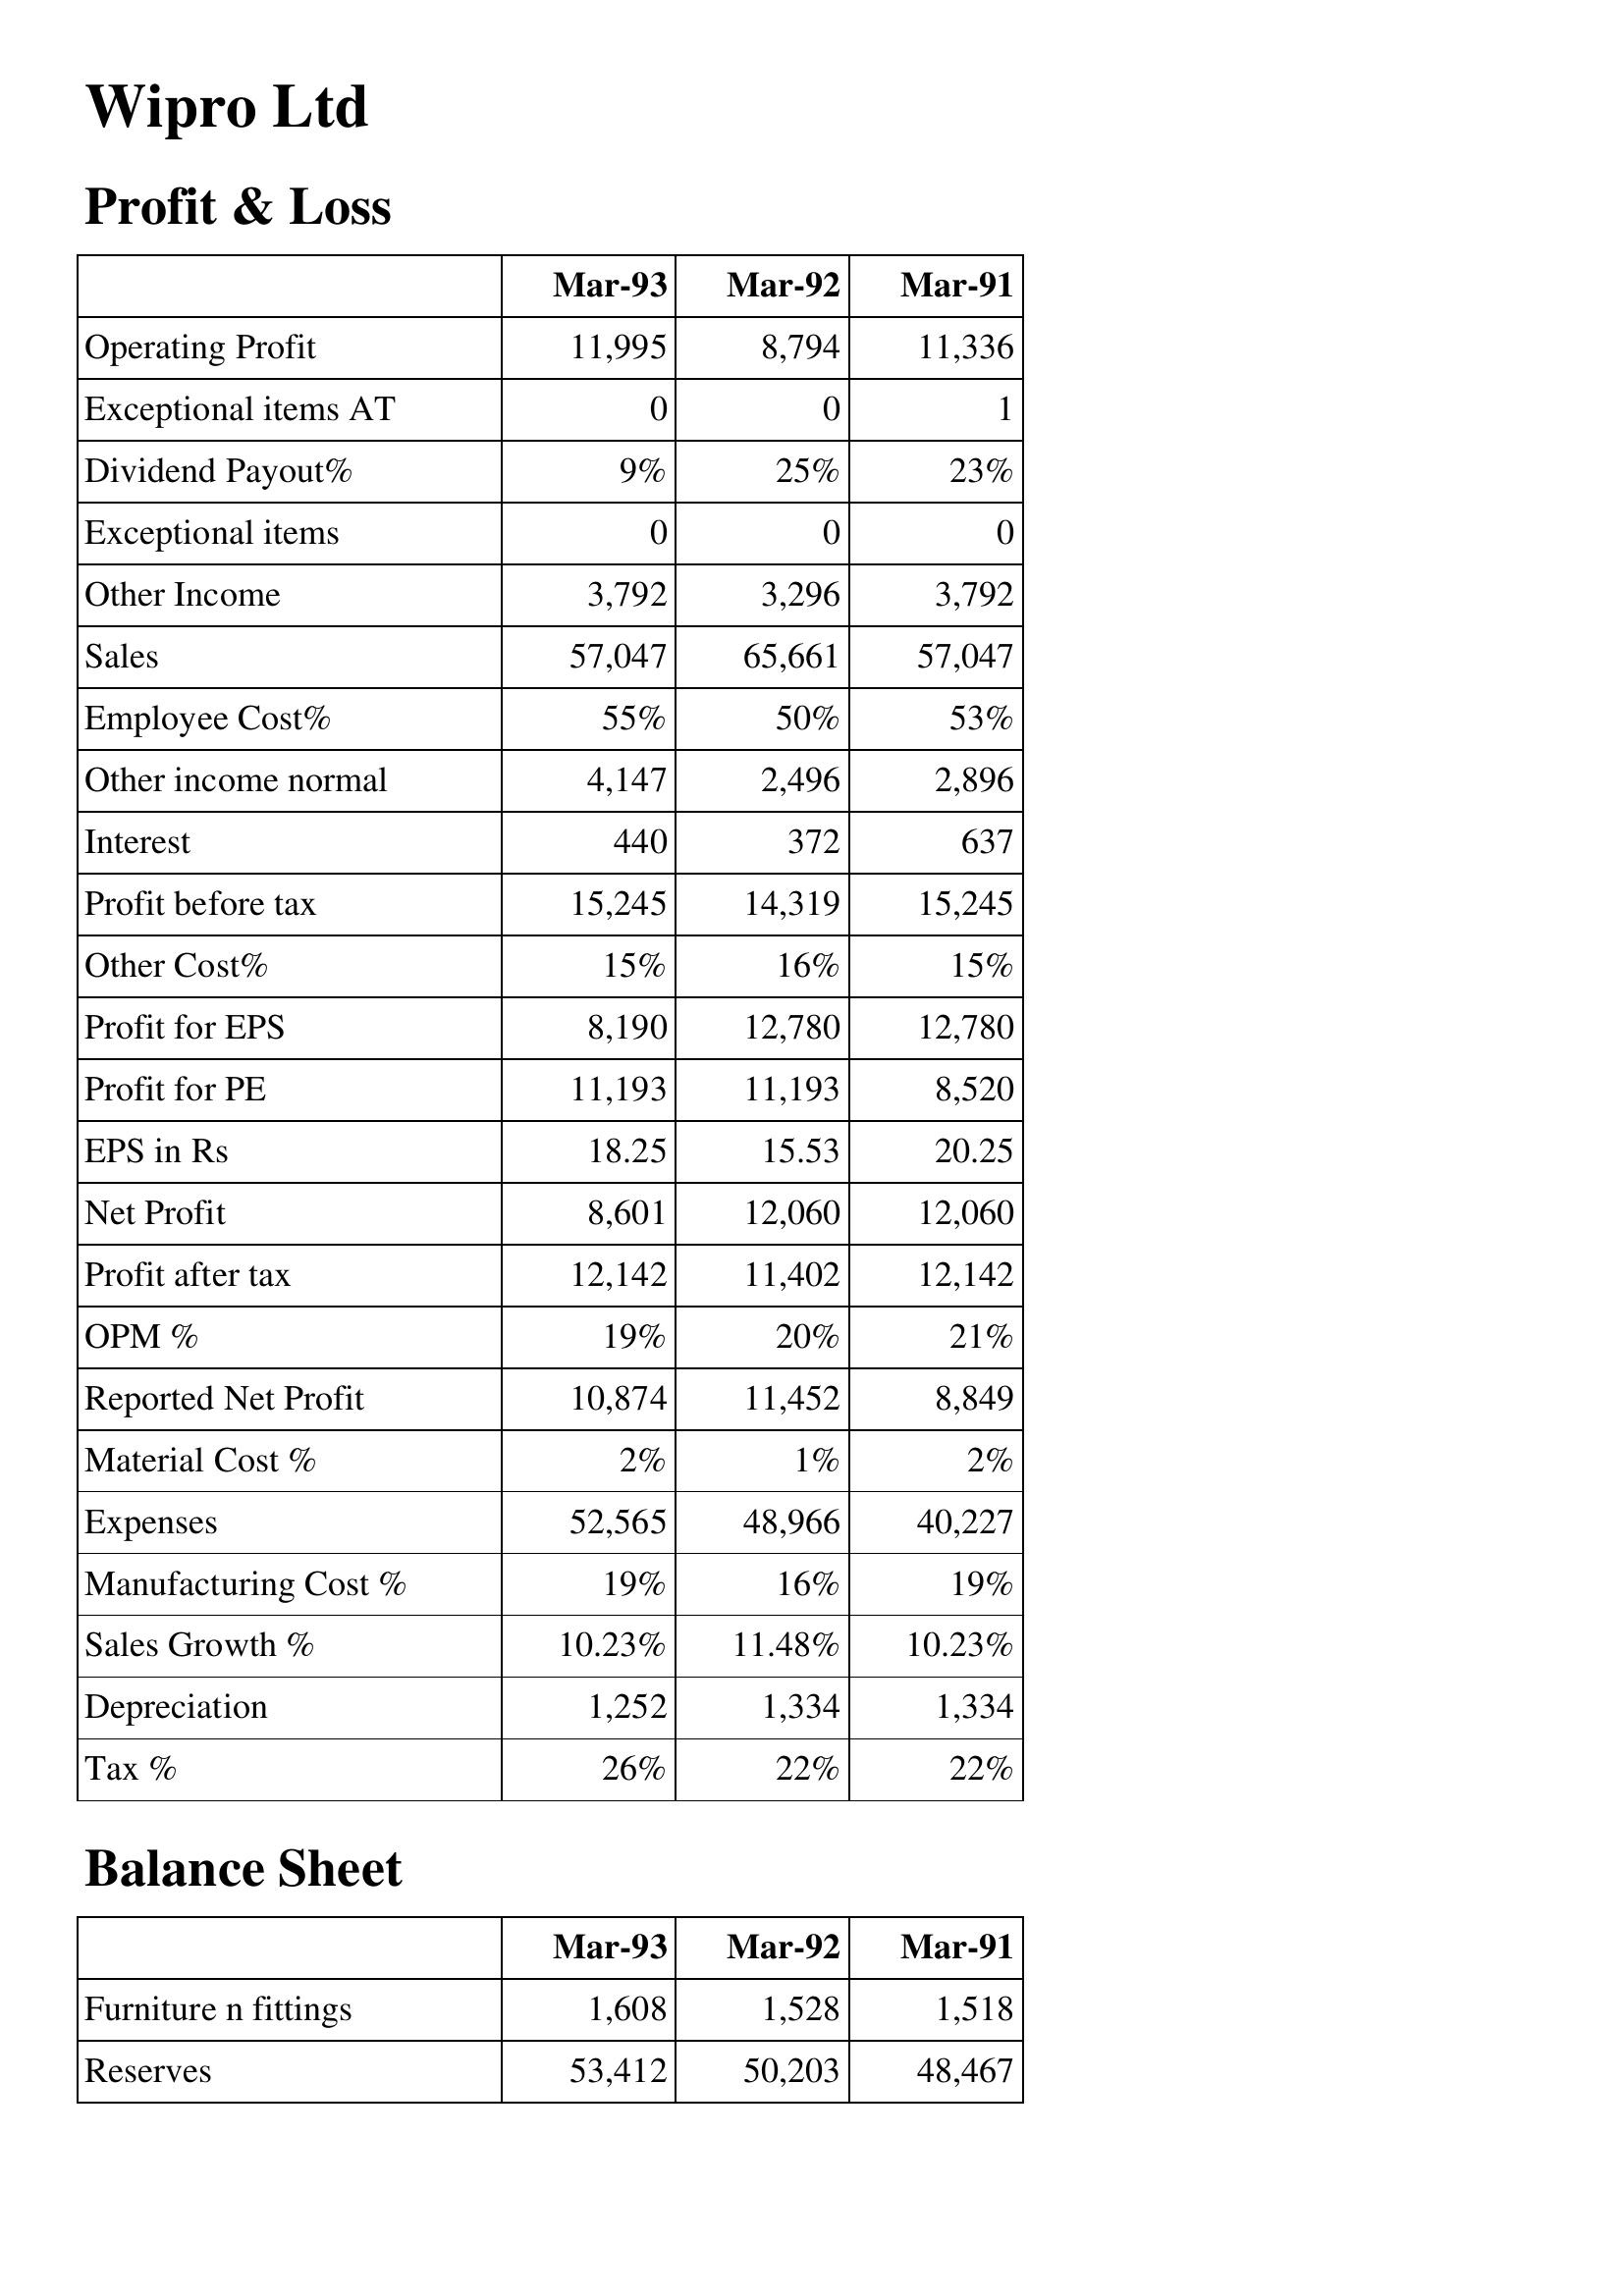
Mar-93: Profit & Loss: Operating Profit: 11,995
Exceptional items AT: 0
Dividend Payout%: 9%
Exceptional items: 0
Other Income: 3,792
Sales: 57,047
Employee Cost%: 55%
Other income normal: 4,147
Interest: 440
Profit before tax: 15,245
Other Cost%: 15%
Profit for EPS: 8,190
Profit for PE: 11,193
EPS in Rs: 18.25
Net Profit: 8,601
Profit after tax: 12,142
OPM %: 19%
Reported Net Profit: 10,874
Material Cost %: 2%
Expenses: 52,565
Manufacturing Cost %: 19%
Sales Growth %: 10.23%
Depreciation: 1,252
Tax %: 26%
Balance Sheet: Furniture n fittings: 1,608
Reserves: 53,412
Mar-92: Profit & Loss: Operating Profit: 8,794
Exceptional items AT: 0
Dividend Payout%: 25%
Exceptional items: 0
Other Income: 3,296
Sales: 65,661
Employee Cost%: 50%
Other income normal: 2,496
Interest: 372
Profit before tax: 14,319
Other Cost%: 16%
Profit for EPS: 12,780
Profit for PE: 11,193
EPS in Rs: 15.53
Net Profit: 12,060
Profit after tax: 11,402
OPM %: 20%
Reported Net Profit: 11,452
Material Cost %: 1%
Expenses: 48,966
Manufacturing Cost %: 16%
Sales Growth %: 11.48%
Depreciation: 1,334
Tax %: 22%
Balance Sheet: Furniture n fittings: 1,528
Reserves: 50,203
Mar-91: Profit & Loss: Operating Profit: 11,336
Exceptional items AT: 1
Dividend Payout%: 23%
Exceptional items: 0
Other Income: 3,792
Sales: 57,047
Employee Cost%: 53%
Other income normal: 2,896
Interest: 637
Profit before tax: 15,245
Other Cost%: 15%
Profit for EPS: 12,780
Profit for PE: 8,520
EPS in Rs: 20.25
Net Profit: 12,060
Profit after tax: 12,142
OPM %: 21%
Reported Net Profit: 8,849
Material Cost %: 2%
Expenses: 40,227
Manufacturing Cost %: 19%
Sales Growth %: 10.23%
Depreciation: 1,334
Tax %: 22%
Balance Sheet: Furniture n fittings: 1,518
Reserves: 48,467